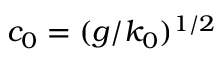
c _ { 0 } = ( g / k _ { 0 } ) ^ { 1 / 2 }